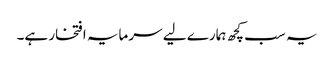
یہ سب کچھ ہمارے لیے سرمایہ افتخار ہے۔